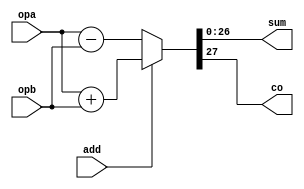
`timescale 1ns / 100ps
 
 
////////////////////////////////////////////////////////////////////////
//
// Add/Sub
//
 
module add_sub27(add, opa, opb, sum, co);
input		add;
input	[26:0]	opa, opb;
output	[26:0]	sum;
output		co;
 
 
 
assign {co, sum} = add ? (opa + opb) : (opa - opb);
 
endmodule
 
////////////////////////////////////////////////////////////////////////
//
// Multiply
//
 
module mul_r2(clk, opa, opb, prod);
input		clk;
input	[23:0]	opa, opb;
output	[47:0]	prod;
 
reg	[47:0]	prod1, prod;
 
always @(posedge clk)
	prod1 <=  opa * opb;
 
always @(posedge clk)
	prod <=  prod1;
 
endmodule
 
////////////////////////////////////////////////////////////////////////
//
// Divide
//
 
module div_r2(clk, opa, opb, quo, rem);
input		clk;
input	[49:0]	opa;
input	[23:0]	opb;
output	[49:0]	quo, rem;
 
reg	[49:0]	quo, rem, quo1, remainder;
 
always @(posedge clk)
	quo1 <=  opa / opb;
 
always @(posedge clk)
	quo <=  quo1;
 
always @(posedge clk)
	remainder <=  opa % opb;
 
always @(posedge clk)
	rem <=  remainder;
 
endmodule